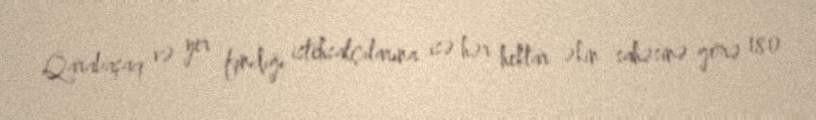
Qarabaşaq və yer fındığı istehsalçılarına isə hər hektar əkin sahəsinə görə 180